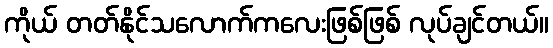
ကိုယ် တတ်နိုင်သလောက်ကလေးဖြစ်ဖြစ် လုပ်ချင်တယ်။